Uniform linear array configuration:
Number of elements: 64
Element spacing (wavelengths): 0.5
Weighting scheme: cosine
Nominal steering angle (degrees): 30
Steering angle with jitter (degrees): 30.983
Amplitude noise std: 0.05
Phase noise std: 0.05

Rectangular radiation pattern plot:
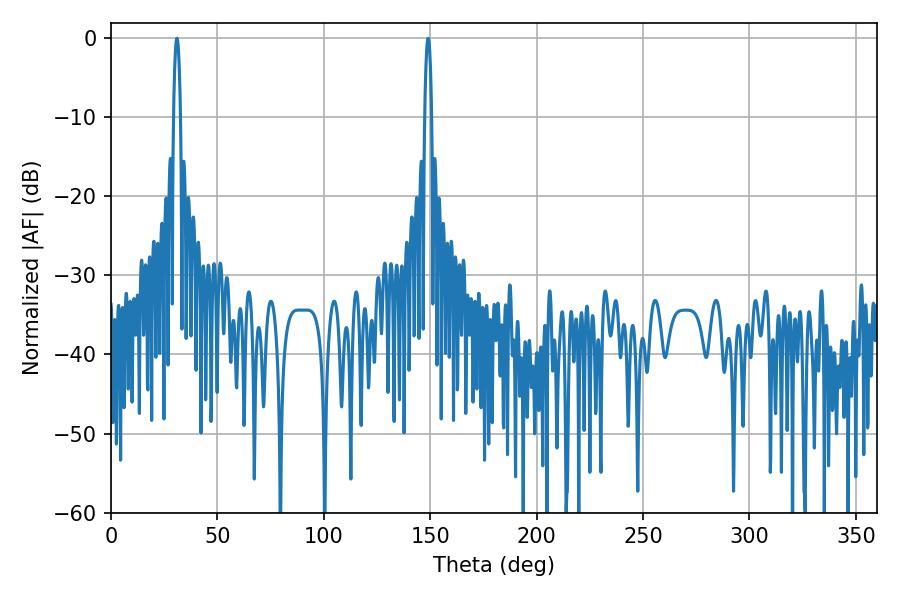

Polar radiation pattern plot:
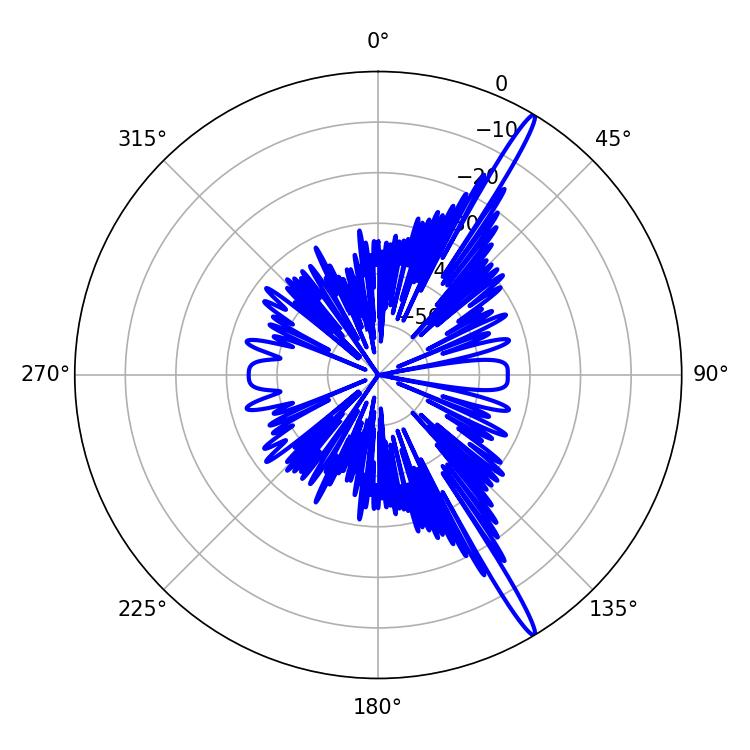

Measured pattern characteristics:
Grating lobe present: FALSE
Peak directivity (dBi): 17.242
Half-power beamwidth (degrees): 1.8
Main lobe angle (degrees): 30.96